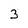
Character: 3